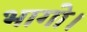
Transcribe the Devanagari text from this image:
भागो।